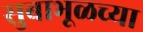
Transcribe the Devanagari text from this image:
सुबाभूळच्या